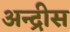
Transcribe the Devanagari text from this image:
अन्द्रीस